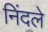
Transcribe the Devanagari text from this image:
निंदले